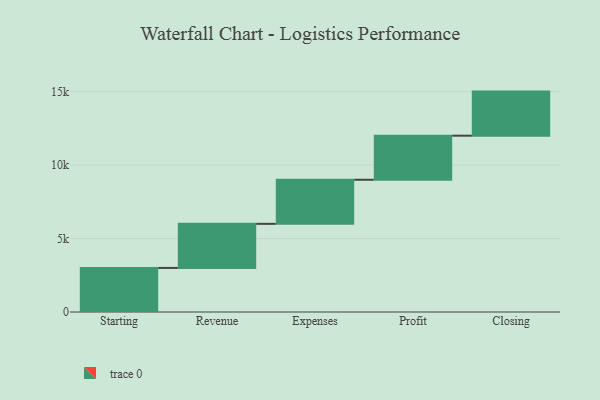
{"axis": {"x": "Step", "y": "Value"}, "legend": [""], "data": [{"x": "Starting", "y": 3000, "type": ""}, {"x": "Revenue", "y": 3000, "type": ""}, {"x": "Expenses", "y": 3000, "type": ""}, {"x": "Profit", "y": 3000, "type": ""}, {"x": "Closing", "y": 3000, "type": ""}]}